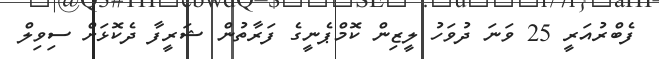
ފެބްރުއަރީ 25 ވަނަ ދުވަހު ލީޒިން ކޮމްޕެނީގެ ފަރާތުން ޝަރީފާ ދެކޮޅަށް ސިވިލް